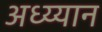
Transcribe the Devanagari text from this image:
अध्य्यान